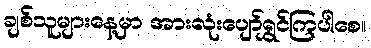
ချစ်သူများနေ့မှာ အားလုံးပျော်ရွှင်ကြပါစေ။